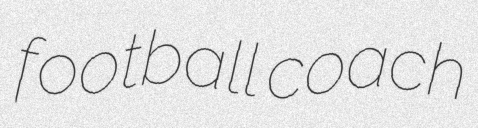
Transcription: football coach